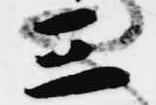
三